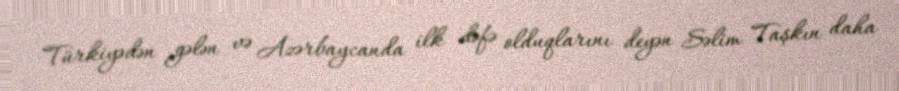
Türkiyədən gələn və Azərbaycanda ilk dəfə olduqlarını deyən Səlim Taşkın daha